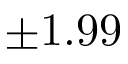
\pm 1 . 9 9